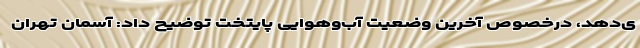
ی‌دهد، درخصوص آخرین وضعیت آب‌وهوایی پایتخت توضیح داد: آسمان تهران